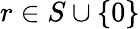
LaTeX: r\in S\cup\{ 0\}